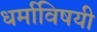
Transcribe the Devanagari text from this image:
धर्माविषयी